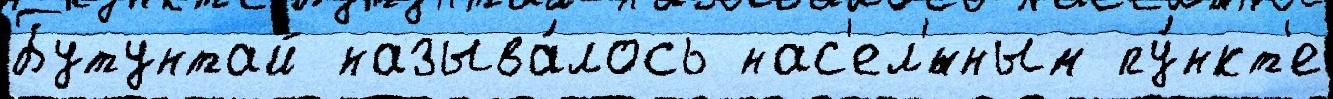
Бутунтай называ́лось нас'ел'́нным пу́нкт'е